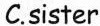
C.sister